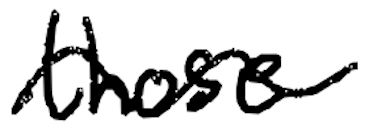
Text: those
Cross-out: wave
Writing tool: digital_black